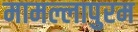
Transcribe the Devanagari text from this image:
मामल्लापुरम